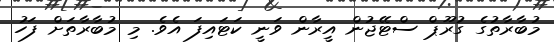
މުބާރާތުގެ ގުރޫޕް ސްޓޭޖުން އީރާން ވަނީ ކަޓައިފަ އެވެ. މި މުބާރާތަށް ފަހު